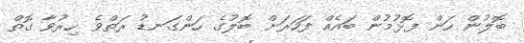
ބޮލުން ހަން ފޮޅުމުން ބައެއް ފަހަރަށް ބޮލުގެ ހަންގަނޑު ރަތްވެ ހިރުވާ ގޮތް